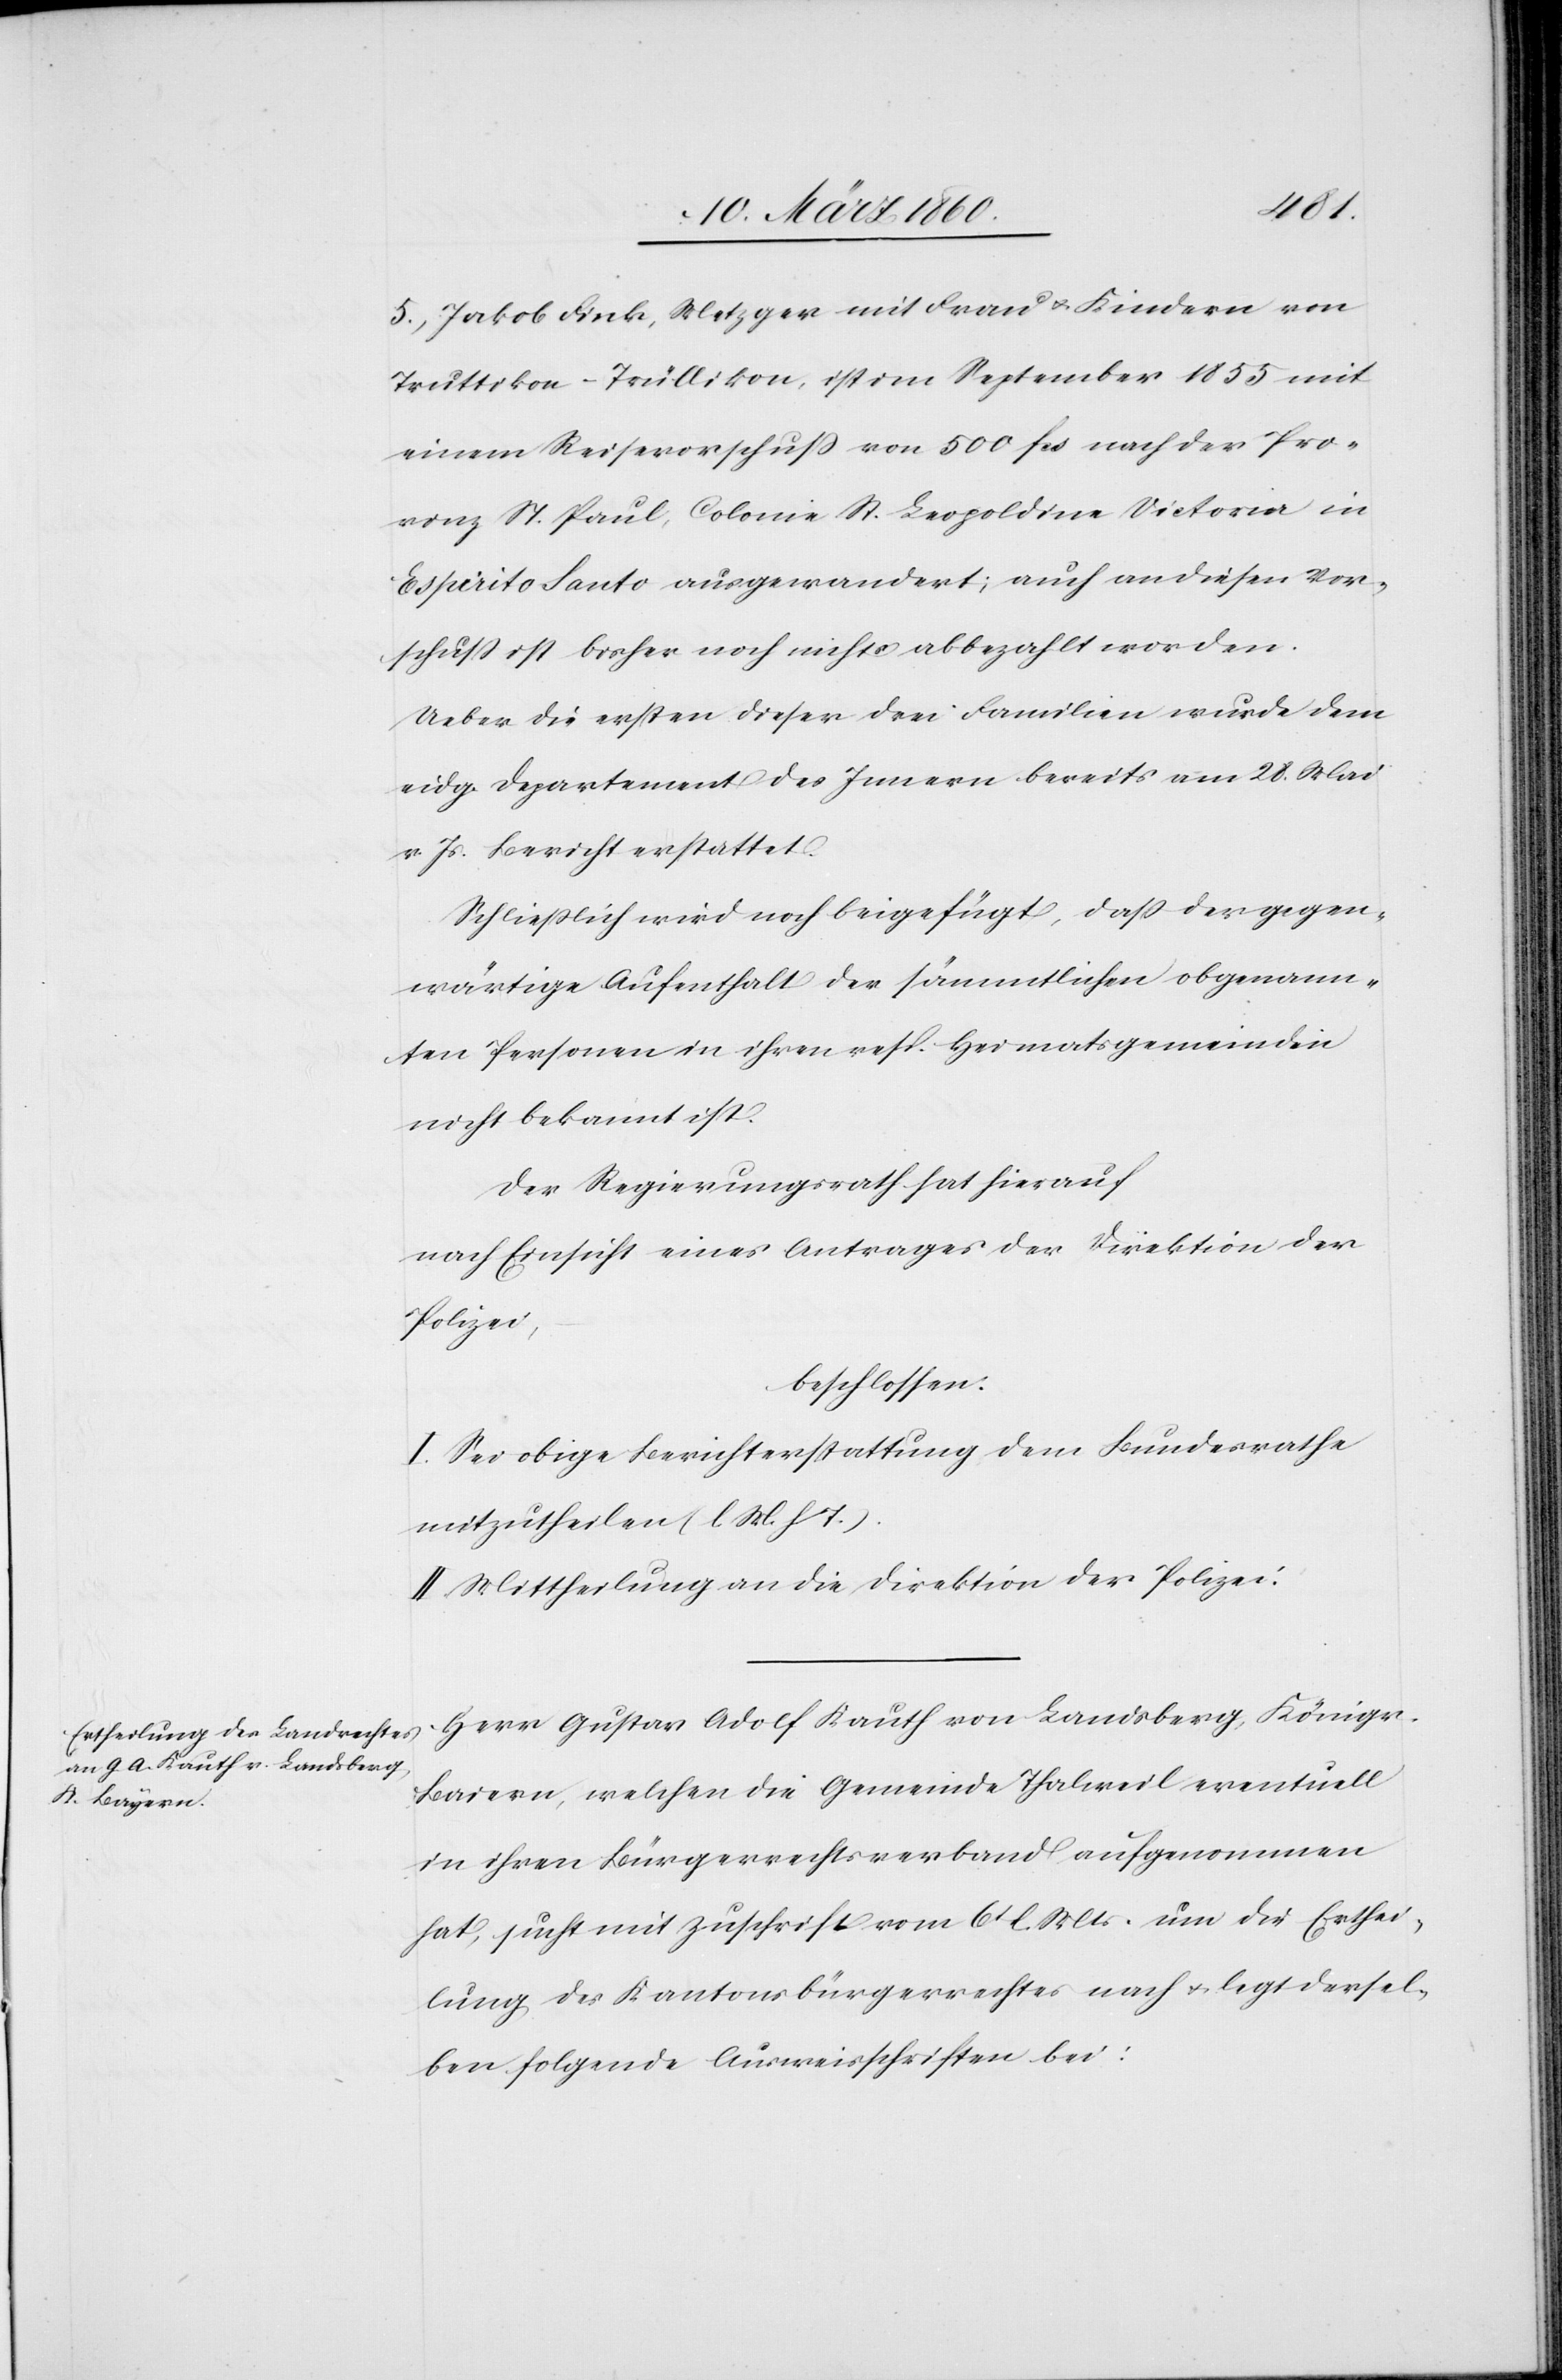
5. Jakob Fink, Metzger mit Frau u. Kindern von
Truttikon–Trüllikon, ist im September 1855 mit
seinem Reisevorschuss von 500 fcs. nach der Pro¬
vinz St. Paul, Colonie St. Leopoldine Victoria in
Espirito Santo ausgewandert; auch an diesen Vor¬
schuss ist bisher noch nichts abbezahlt worden.
Ueber die ersten dieser drei Familien wurde dem
eidg. Departement des Innern bereits am 28. Mai
v. Js. bericht erstattet.
Schliesslich wird noch beigefügt, dass der gegen¬
wärtige Aufenthalt der sämmtlichen obgenann¬
ten Personen in ihren resp. Heimatsgemeinden
nicht bekannt ist.
Der Regierungsrath hat hierauf:
nach Einsicht eines Antrages der Direktion der
Polizei,
beschlossen:
I. Sei obige Berichterstattung dem Bundesrathe
mitzutheilen [l. M. h. T].
II. Mittheilung an die Direktion der Polizei.
Herr Gustav Adolf Kanth von Landsberg, Königr.
Baiern, welchen die Gemeinde Thalweil eventuell
in ihren Bürgerrechtsverband aufgenommen
hat, sucht mit Zuschrift vom 6. l. Mts. um die Erthei¬
lung des Kantonsbürgerrechtes nach u. legt dersel¬
ben folgende Ausweisschriften bei: